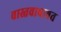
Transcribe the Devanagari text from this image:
वास्तवाबाबत